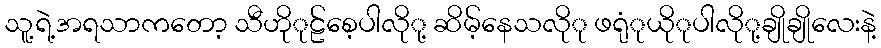
သူ့ရဲ့အရသာကတော့ သီဟိုုဠ်စေ့ပါလိုု့ ဆိမ့်နေသလိုု ဖရုုံယိုုပါလိုု့ချိုချိုလေးနဲ့